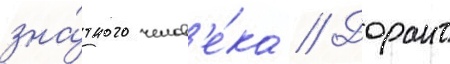
зна́тного челов'е́ка // Дорант